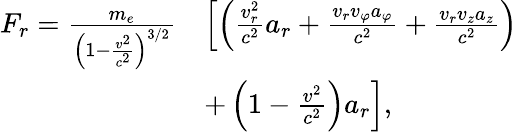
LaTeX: \begin{array}{rl}{F_{r}=\frac{m_{e}}{\left(1-\frac{v^{2}}{c^{2}}\right)^{3/2}}}&{\left[\left(\frac{v_{r}^{2}}{c^{2}}a_{r}+\frac{v_{r}v_{\varphi}a_{\varphi}}{c^{2}}+\frac{v_{r}v_{z}a_{z}}{c^{2}}\right)\right.}\\ &{\left.+\left(1-\frac{v^{2}}{c^{2}}\right)a_{r}\right],}\end{array}